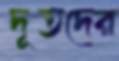
দূতদের